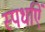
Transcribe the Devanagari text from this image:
स्पर्धाऐं